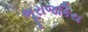
ભૂરાજકિય